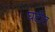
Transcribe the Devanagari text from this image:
घटीत